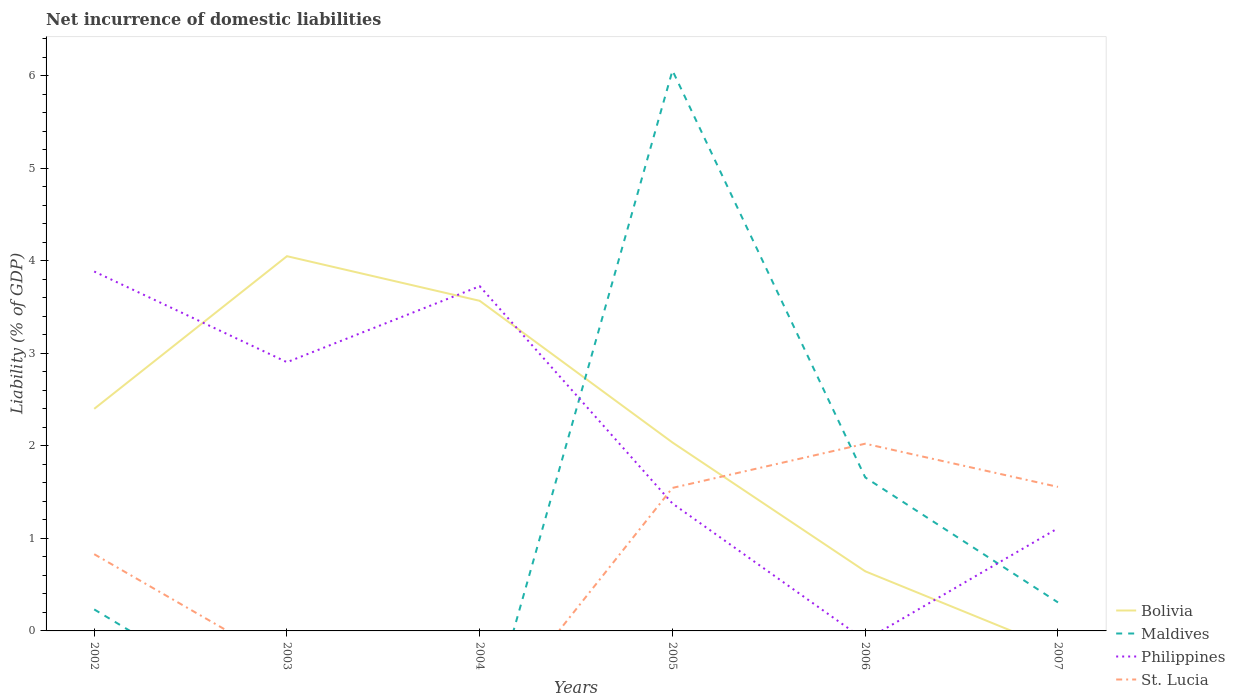
| Years | Bolivia | Maldives | Philippines | St. Lucia |
 | --- | --- | --- | --- | --- |
 | 2002 | 2.4 | 0.232 | 3.88 | 0.829 |
 | 2003 | 4.05 | -1.02 | 2.9 | -0.37 |
 | 2004 | 3.57 | -1.28 | 3.72 | -1.08 |
 | 2005 | 2.04 | 6.06 | 1.38 | 1.55 |
 | 2006 | 0.644 | 1.66 | -0.101 | 2.02 |
 | 2007 | -0.204 | 0.308 | 1.11 | 1.56 |